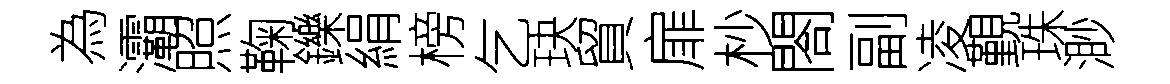
為灞照鞠鑠絹榜乞玦貿扉杪閤副凌覲珠渺